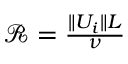
\begin{array} { r } { \mathscr { R } = \frac { \| U _ { i } \| L } { \nu } } \end{array}